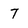
Character: 7